Report on vaccination in the Province of Bengal - 1874-1889
Year: 1874
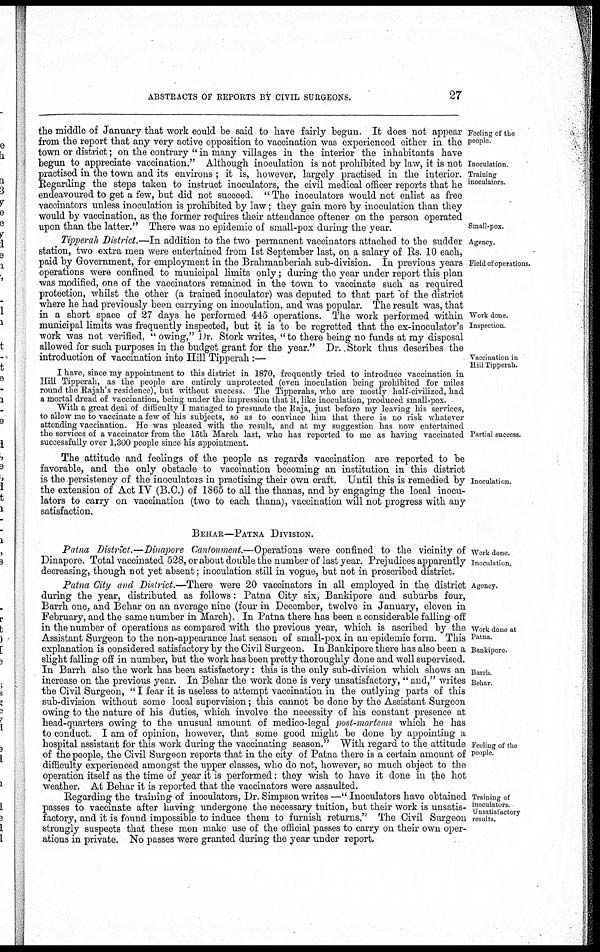
ABSTRACTS OF REPORTS BY CIVIL SURGEONS.
27
Feeling of the
people.
Inoculation.
Training
inoculators.
Small-pox.
the middle of January that work could be said to have fairly begun. It does not appear
from the report that any very active opposition to vaccination was experienced either in the
town or district; on the contrary " in many villages in the interior the inhabitants have
begun to appreciate vaccination." Although inoculation is not prohibited by law, it is not
practised in the town and its environs ; it is, however, largely practised in the interior.
Regarding the steps taken to instruct inoculators, the civil medical officer reports that he
endeavoured to get a few, but did not succeed. " The inoculators would not enlist as free
vaccinators unless inoculation is prohibited by law; they gain more by inoculation than they
would by vaccination, as the former requires their attendance oftener on the person operated
upon than the latter." There was no epidemic of small-pox during the year.
Agency.
Field of operations
Work done.
Inspection
Vaccination in
Hill Tipperah.
Tipperah District.—In addition to the two permanent vaccinators attached to the sudder
station, two extra men were entertained from 1st September last, on a salary of Rs. 10 each,
paid by Government, for employment in the Brahmanberiah sub-division. In previous years
operations were confined to municipal limits only; during the year under report this plan
was modified, one of the vaccinators remained in the town to vaccinate such as required
protection, whilst the other (a trained inoculator) was deputed to that part of the district
where he had previously been carrying on inoculation, and was popular. The result was, that
in a short space of 27 days he performed 445 operations. The work performed within
municipal limits was frequently inspected, but it is to be regretted that the ex-inoculator's
work was not verified, " owing," Dr. Stork writes, "to there being no funds at my disposal
allowed for such purposes in the budget grant for the year." Dr.. Stork thus describes the
introduction of vaccination into Hill Tipperah :—
Partial success.
I have, since my appointment to this district in 1870, frequently tried to introduce vaccination in
Hill Tipperah, as the people are entirely unprotected (even inoculation being prohibited for miles
round the Rajah's residence), but without success The Tipperahs, who are mostly half-civilized, had
a mortal dread of vaccination, being under the impression that it, like inoculation, produced small-pox.
With a great deal of difficulty I managed to presuade the Raja, just before my leaving his services,
to allow me to vaccinate a few of his subjects, so as to convince him that there is no risk whatever
attending vaccination. He was pleased with the result, and at my suggestion has now entertained
the services of a vaccinator from the 15th March last, who has reported to me as having vaccinated
successfully over 1,300 people since his appointment.
Inoculation.
The attitude and feelings of the people as regards vaccination are reported to be
favorable, and the only obstacle to vaccination becoming an institution in this district
is the persistency of the inoculators in practising their own craft. Until this is remedied by
the extension of Act IV (B.C.) of 1865 to all the thanas, and by engaging the local inocu-
lators to carry on vaccination (two to each thana), vaccination will not progress with any
satisfaction.
BEHAR—PATNA DIVISION.
Work done.
Inoculation.
Patna District.—Dinapore Cantonment.—Operations were confined to the vicinity of
Dinapore. Total vaccinated 528, or about double the number of last year. Prejudices apparently
decreasing, though not yet absent; inoculation still in vogue, but not in proscribed district.
Agency.
Work done at
Patna.
Bankipore.
Barrh.
Behar.
Feeling of the
people.
Patna City and District.—There were 20 vaccinators in all employed in the district
during the year, distributed as follows: Patna City six, Bankipore and suburbs four,
Barrh one, and Behar on an average nine (four in December, twelve in January, eleven in
February, and the same number in March). In Patna there has been a considerable falling off
in the number of operations as compared with the previous year, which is ascribed by the
Assistant Surgeon to the non-appearance last season of small-pox in an epidemic form. This
explanation is considered satisfactory by the Civil Surgeon. In Bankipore there has also been a
slight falling off in number, but the work has been pretty thoroughly done and well supervised.
In Barrh also the work has been satisfactory: this is the only sub-division which shows an
increase on the previous year. In Behar the work done is very unsatisfactory, " and," writes
the Civil Surgeon, " I fear it is useless to attempt vaccination in the outlying parts of this
sub-division without some local supervision; this cannot be done by the Assistant Surgeon
owing to the nature of his duties, which involve the necessity of his constant presence at
head-quarters owing to the unusual amount of medico-legal post-mortems which he has
to conduct. I am of opinion, however, that some good might be done by appointing a
hospital assistant for this work during the vaccinating season." With regard to the attitude
of the people, the Civil Surgeon reports that in the city of Patna there is a certain amount of
difficulty experienced amongst the upper classes, who do not, however, so much object to the
operation itself as the time of year it is performed: they wish to have it done in the hot
weather. At Behar it is reported that the vaccinators were assaulted.
Training of
inoculators
Unsatisfactory
results.
Regarding the training of inoculators, Dr. Simpson writes —" Inoculators have obtained
passes to vaccinate after having undergone the necessary tuition, but their work is unsatis-
factory, and it is found impossible to induce them to furnish returns." The Civil Surgeon
strongly suspects that these men make use of the official passes to carry on their own oper-
ations in private. No passes were granted during the year under report.